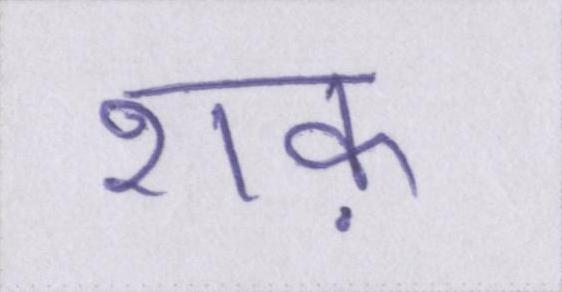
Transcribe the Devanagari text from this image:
शक़